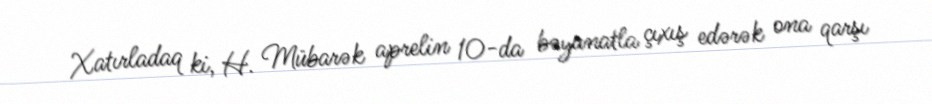
Xatırladaq ki, H. Mübarək aprelin 10-da bəyanatla çıxış edərək ona qarşı